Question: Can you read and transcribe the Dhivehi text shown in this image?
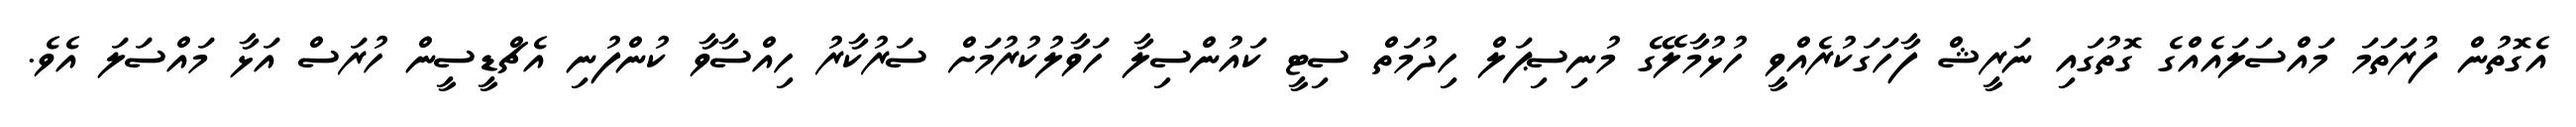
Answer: އެގޮތުން ފުރަތަމަ މައްސަލައެއްގެ ގޮތުގައި ނަރީޝް ފާހަގަކުރެއްވީ ހުޅުމާލޭގެ މުނިސިޕަލް ހިދުމަތް ސިޓީ ކައުންސިލާ ހަވާލުކުރުމަށް ސަރުކާރު ހިއްސާވާ ކުންފުނި އެޗްޑީސީން ހުރަސް އަޅާ މައްސަލަ އެވެ.